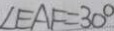
\angle E A F = 3 0 ^ { \circ }